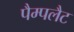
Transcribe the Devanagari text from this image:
पैम्पलैट